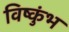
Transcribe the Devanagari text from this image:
विष्कुंभ